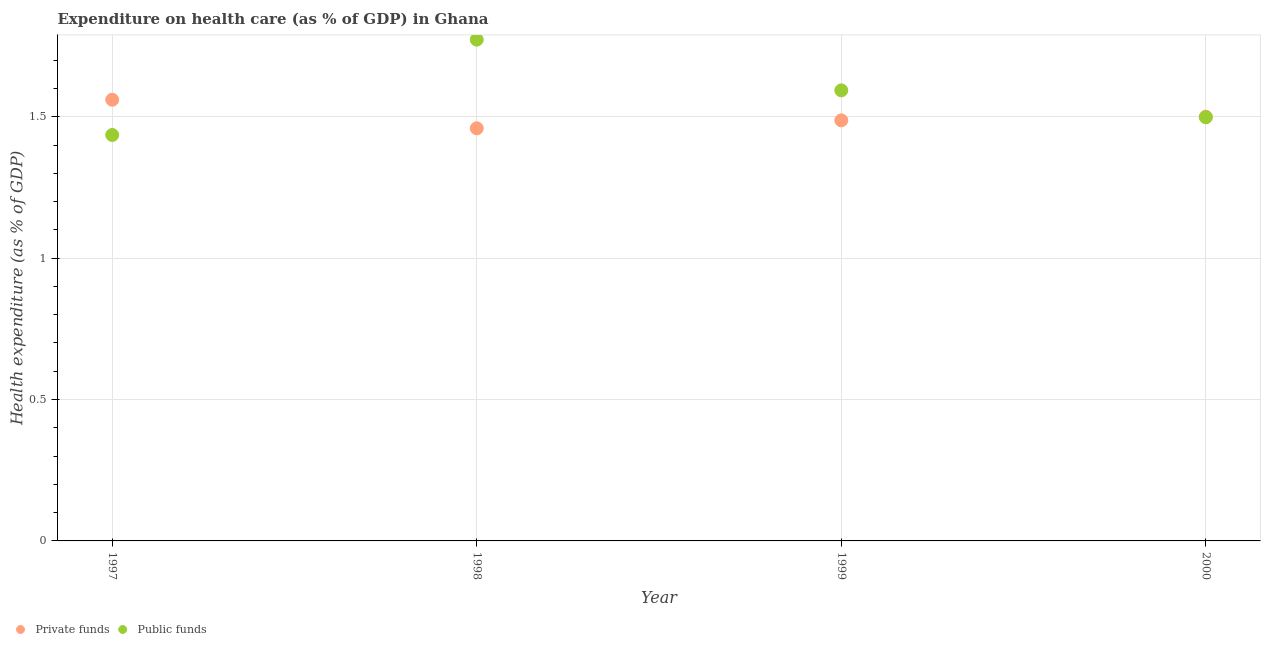
| Year | Private funds | Public funds |
 | --- | --- | --- |
 | 1997 | 1.56 | 1.44 |
 | 1998 | 1.46 | 1.77 |
 | 1999 | 1.49 | 1.59 |
 | 2000 | 1.5 | 1.5 |